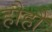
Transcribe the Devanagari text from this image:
हौहौ